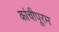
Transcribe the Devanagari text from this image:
कांचीपूरम